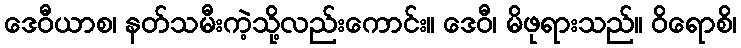
ဒေဝီယာစ၊ နတ်သမီးကဲ့သို့လည်းကောင်း။ ဒေဝီ၊ မိဖုရားသည်။ ဝိရောစိ၊